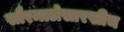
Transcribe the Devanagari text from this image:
सौरमालेसारखीच